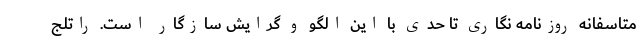
متاسفانه روزنامه نگاری تا حدی با این الگو و گرایش سازگار است. راتلج